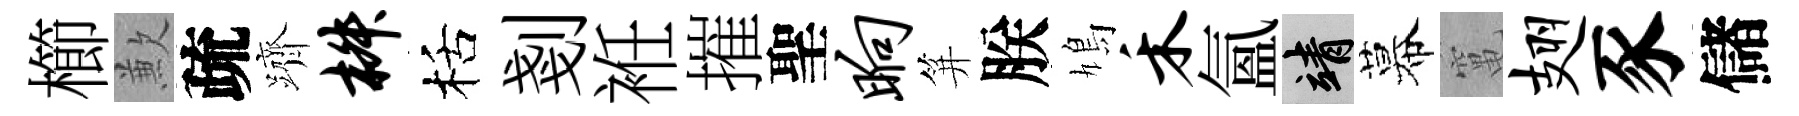
櫛歉疏躋椒栝剗袵摧聖晌笄朕鳩禾氲靖幕𥧄翅豕儲